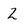
Character: 2